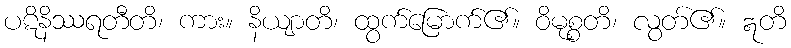
ပဋိနိဿရတီတိ၊ ကား။ နိယျာတိ၊ ထွက်မြောက်၏။ ဝိမုစ္စတိ၊ လွတ်၏။ ဣတိ